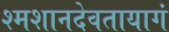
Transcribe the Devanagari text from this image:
श्मशानदेवतायागं